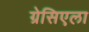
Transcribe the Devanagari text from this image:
ग्रेसिएला